Indian journal of veterinary science and animal husbandry - Volumes 18-21, 1948-1951
Year: 1948
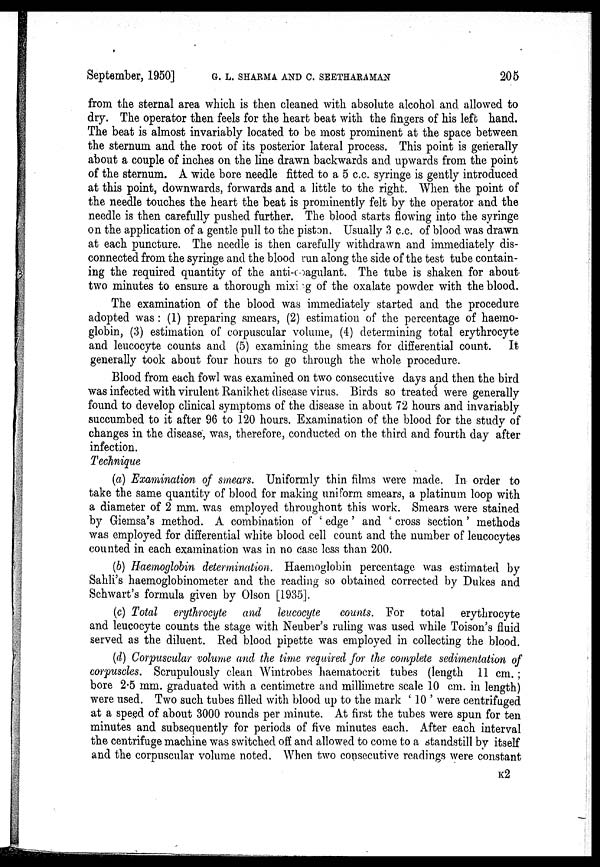
September, 1950] G. L. SHARMA AND C. SEETHARAMAN 205
from the sternal area which is then cleaned with absolute alcohol and allowed to
dry. The operator then feels for the heart beat with the fingers of his left hand.
The beat is almost invariably located to be most prominent at the space between
the sternum and the root of its posterior lateral process. This point is generally
about a couple of inches on the line drawn backwards and upwards from the point
of the sternum. A wide bore needle fitted to a 5 c.c. syringe is gently introduced
at this point, downwards, forwards and a little to the right. When the point of
the needle touches the heart the beat is prominently felt by the operator and the
needle is then carefully pushed further. The blood starts flowing into the syringe
on the application of a gentle pull to the piston. Usually 3 c.c. of blood was drawn
at each puncture. The needle is then carefully withdrawn and immediately dis-
connected from the syringe and the blood run along the side of the test tube contain-
ing the required quantity of the anti-coagulant. The tube is shaken for about
two minutes to ensure a thorough mixing of the oxalate powder with the blood.
The examination of the blood was immediately started and the procedure
adopted was : (1) preparing smears, (2) estimation of the percentage of haemo-
globin, (3) estimation of corpuscular volume, (4) determining total erythrocyte
and leucocyte counts and (5) examining the smears for differential count. It
generally took about four hours to go through the whole procedure.
Blood from each fowl was examined on two consecutive days and then the bird
was infected with virulent Ranikhet disease virus. Birds so treated were generally
found to develop clinical symptoms of the disease in about 72 hours and invariably
succumbed to it after 96 to 120 hours. Examination of the blood for the study of
changes in the disease, was, therefore, conducted on the third and fourth day after
infection.
Technique
(a) Examination of smears. Uniformly thin films were made. In order to
take the same quantity of blood for making uniform smears, a platinum loop with
a diameter of 2 mm. was employed throughout this work. Smears were stained
by Giemsa's method. A combination of ' edge ' and ' cross section ' methods
was employed for differential white blood cell count and the number of leucocytes
counted in each examination was in no case less than 200.
(b) Haemoglobin determination. Haemoglobin percentage was estimated by
Sahli's haemoglobinometer and the reading so obtained corrected by Dukes and
Schwart's formula given by Olson [1935].
(c) Total erythrocyte and leucocyte counts. For total erythrocyte
and leucocyte counts the stage with Neuber's ruling was used while Toison's fluid
served as the diluent. Red blood pipette was employed in collecting the blood.
(d) Corpuscular volume and the time required for the complete sedimentation of
corpuscles. Scrupulously clean Wintrobes haematocrit tubes (length 11 cm. ;
bore 2.5 mm. graduated with a centimetre and millimetre scale 10 cm. in length)
were used. Two such tubes filled with blood up to the mark ' 10 ' were centrifuged
at a speed of about 3000 rounds per minute. At first the tubes were spun for ten
minutes and subsequently for periods of five minutes each. After each interval
the centrifuge machine was switched off and allowed to come to a standstill by itself
and the corpuscular volume noted. When two consecutive readings were constant
K 2